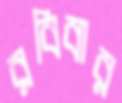
রবিবার